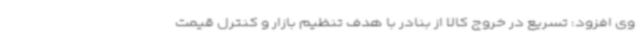
وی افزود: تسریع در خروج کالا از بنادر با هدف تنظیم بازار و کنترل قیمت